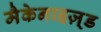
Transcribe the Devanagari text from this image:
मैकेनाइज़्ड